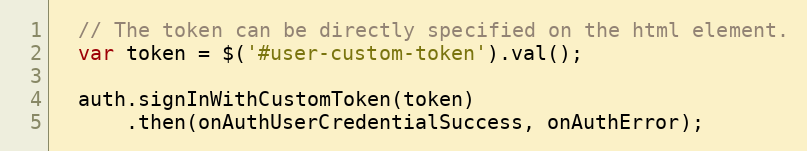
Language: JavaScript
  // The token can be directly specified on the html element.
  var token = $('#user-custom-token').val();

  auth.signInWithCustomToken(token)
      .then(onAuthUserCredentialSuccess, onAuthError);